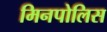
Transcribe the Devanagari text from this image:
मिनपोलिस